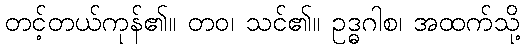
တင့်တယ်ကုန်၏။ တဝ၊ သင်၏။ ဥဒ္ဓဂါစ၊ အထက်သို့